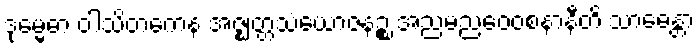
ဒုမ္မေဓာ ဝါသိတကေန အဇ္ဈတ္တသံယောဇနဉ္စ အညမညဝေဝစနာနီတိ သာဓေန္တာ